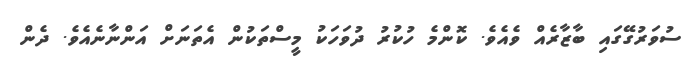
ސުވަރުގޭގައި ބާޒާރެއް ވެއެވެ. ކޮންމެ ހުކުރު ދުވަހަކު މީސްތަކުން އެތަނަށް އަންނާނެއެވެ. ދެން